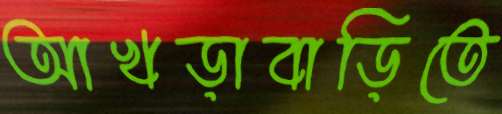
আখড়াবাড়িতে